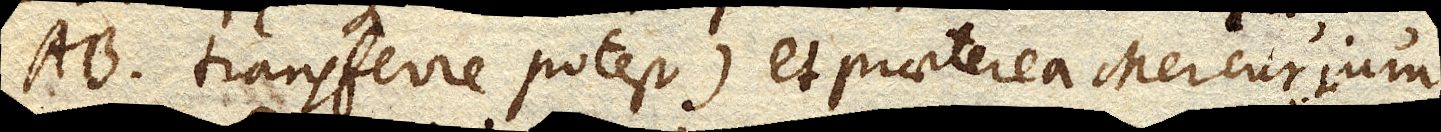
AB. transferre potest) et praeterea Mercurium